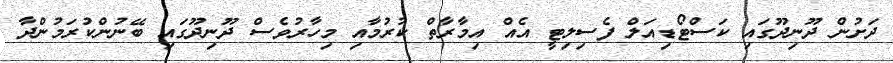
ދަށުން ދޫނިދޫގައި ކަސްޓޯޑިއަލް ފެސިލިޓީ އެއް އިމާރާތް ކުރުމާއި މިހާރުވެސް ދޫނިދޫގައި ބޭނުންކުރަމުންދާ